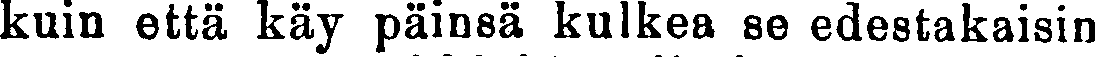
kuin että käy päinsä kulkea se edestakaisin